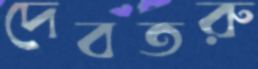
দেবতরু